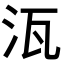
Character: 𭯽